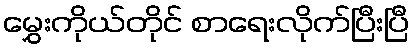
မွှေးကိုယ်တိုင် စာရေးလိုက်ပြီးပြီ